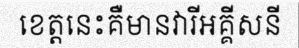
ខេត្តនេះគឺមានវារីអគ្គីសនី